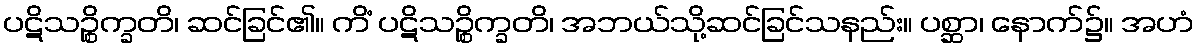
ပဋိသဉ္စိက္ခတိ၊ ဆင်ခြင်၏။ ကိံ ပဋိသဉ္စိက္ခတိ၊ အဘယ်သို့ဆင်ခြင်သနည်း။ ပစ္ဆာ၊ နောက်၌။ အဟံ